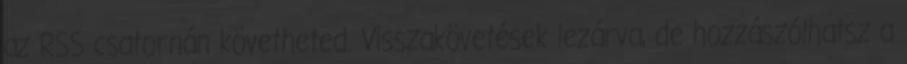
az RSS csatornán követheted. Visszakövetések lezárva, de hozzászólhatsz a